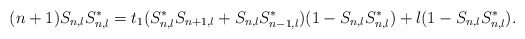
\begin{align*}(n+1)S_{n,l}S_{n,l}^{*}=t_{1}(S_{n,l}^{*}S_{n+1,l}+S_{n,l}S_{n-1,l}^{*})(1-S_{n,l}S_{n,l}^{*})+l(1-S_{n,l}S_{n,l}^{*}).\end{align*}